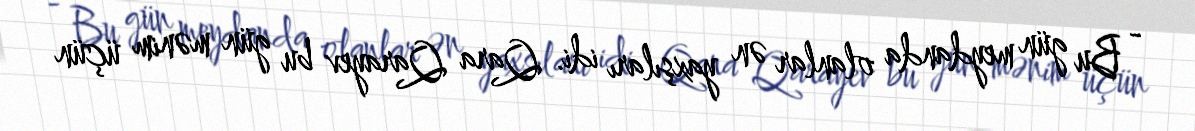
- Bu gün meydanda olanlar ən yaxşıları idi. Qara Qarayev bu gün mənim üçün